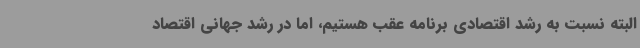
البته نسبت به رشد اقتصادی برنامه عقب هستیم، اما در رشد جهانی اقتصاد